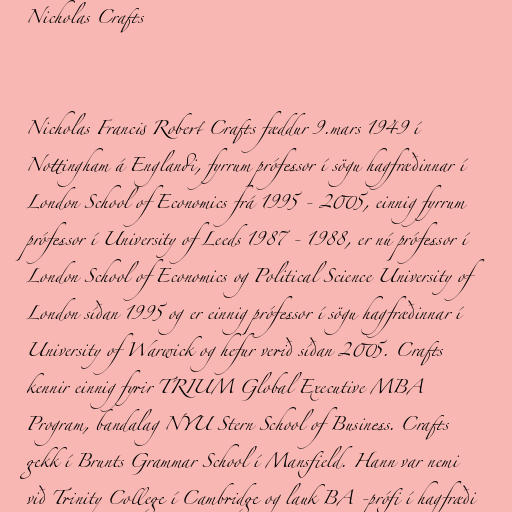
Nicholas Crafts

Nicholas Francis Robert Crafts fæddur 9.mars 1949 í
Nottingham á Englandi, fyrrum prófessor í sögu hagfræðinnar í
London School of Economics frá 1995 - 2005, einnig fyrrum
prófessor í University of Leeds 1987 - 1988, er nú prófessor í
London School of Economics og Political Science University of
London síðan 1995 og er einnig prófessor í sögu hagfræðinnar í
University of Warwick og hefur verið síðan 2005. Crafts
kennir einnig fyrir TRIUM Global Executive MBA
Program, bandalag NYU Stern School of Business. Crafts
gekk í Brunts Grammar School í Mansfield. Hann var nemi
við Trinity College í Cambridge og lauk BA -prófi í hagfræði